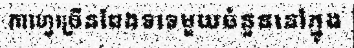
កាហ្វេច្រើនពែងទទេមួយចំនួននៅក្នុង